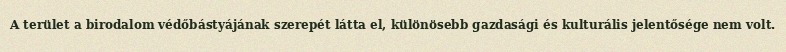
A terület a birodalom védőbástyájának szerepét látta el, különösebb gazdasági és kulturális jelentősége nem volt.